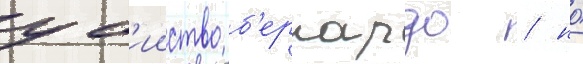
уб'ииство б'ернардо / но́